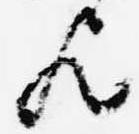
歟